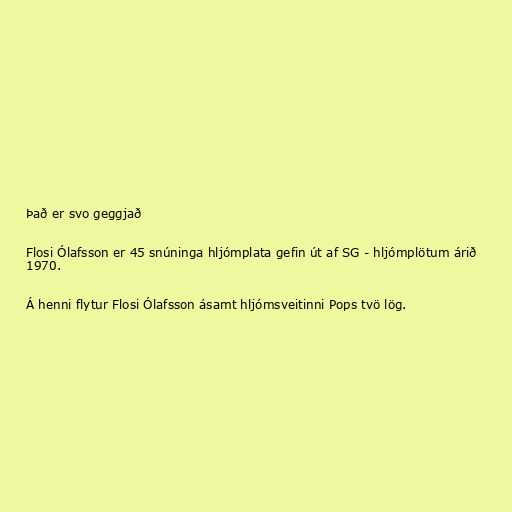
Það er svo geggjað

Flosi Ólafsson er 45 snúninga hljómplata gefin út af SG - hljómplötum árið
1970.

Á henni flytur Flosi Ólafsson ásamt hljómsveitinni Pops tvö lög.